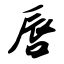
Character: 唇